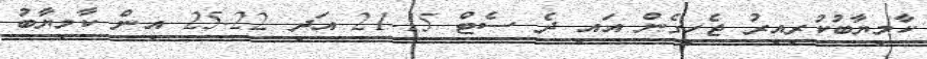
ކާމިޔާބުކުރިއިރު ޖެހިގެން އައި ދެ ސެޓް 15-21 އަދި 22-25 އިން ކާމިޔާބު